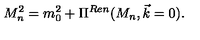
M _ { n } ^ { 2 } = m _ { 0 } ^ { 2 } + \Pi ^ { R e n } ( M _ { n } , \vec { k } = 0 ) .